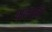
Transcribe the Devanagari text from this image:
बालभूमि